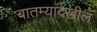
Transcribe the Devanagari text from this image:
बातम्यादेखील